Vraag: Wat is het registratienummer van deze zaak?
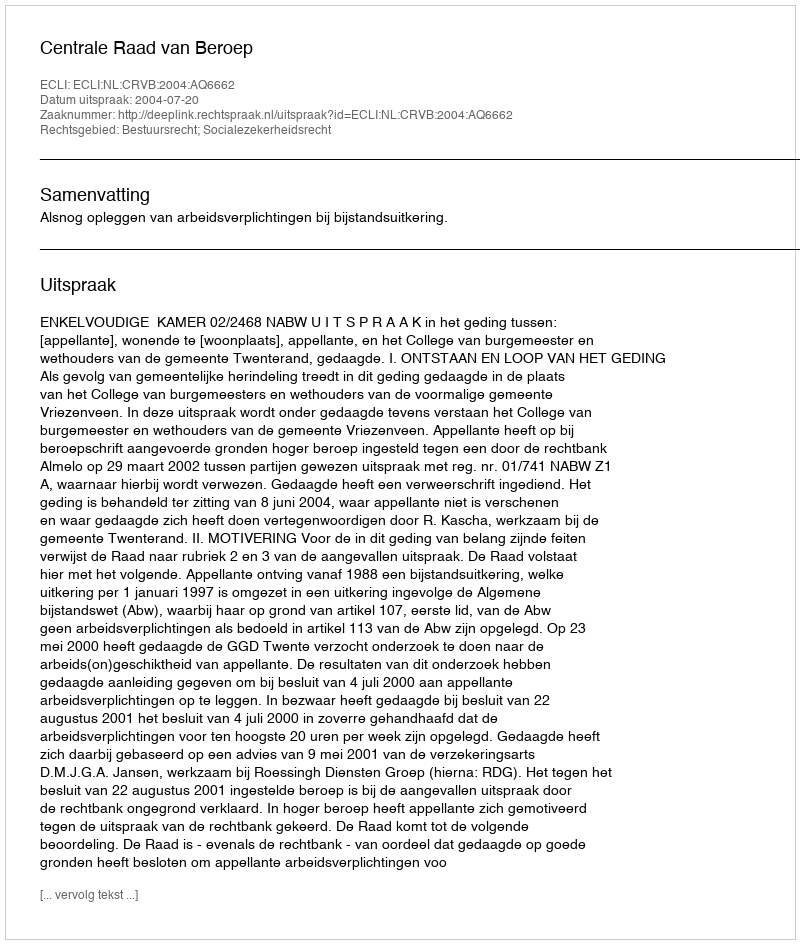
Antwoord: http://deeplink.rechtspraak.nl/uitspraak?id=ECLI:NL:CRVB:2004:AQ6662